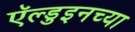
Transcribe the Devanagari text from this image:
ऍल्डुइनच्या